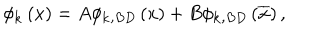
\phi _ { \mathbf { k } } \left( x \right) = A \phi _ { \mathbf { k , } B D } \left( x \right) + B \phi _ { \mathbf { k , } B D } \left( \overline { { { x } } } \right) ,